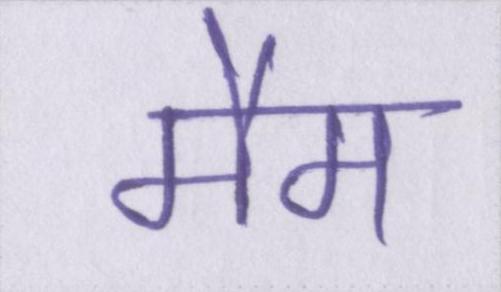
मैम